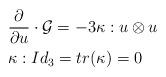
LaTeX: \begin{align*}&\dfrac{\partial}{\partial u}\cdot \mathcal{G} = -3 \kappa : u \otimes u \\&\kappa : Id_3 = tr(\kappa) = 0\end{align*}